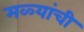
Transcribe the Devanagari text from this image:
मळ्यांची